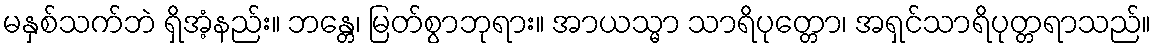
မနှစ်သက်ဘဲ ရှိအံ့နည်း။ ဘန္တေ၊ မြတ်စွာဘုရား။ အာယသ္မာ သာရိပုတ္တော၊ အရှင်သာရိပုတ္တရာသည်။